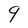
Character: 9